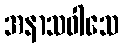
အနာသဝါသေ